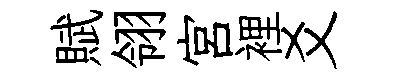
賦翎宮裡爻